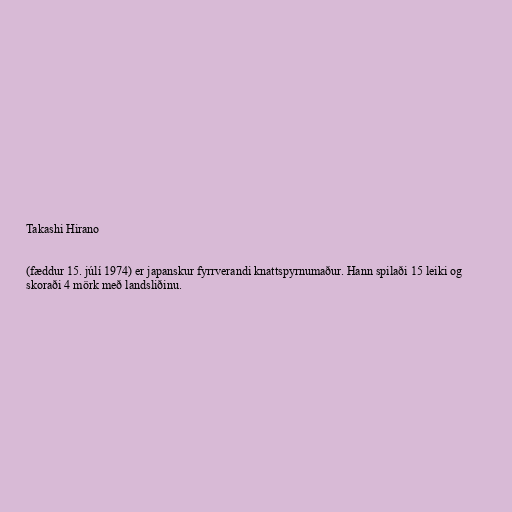
Takashi Hirano

(fæddur 15. júlí 1974) er japanskur fyrrverandi knattspyrnumaður. Hann spilaði 15 leiki og
skoraði 4 mörk með landsliðinu.